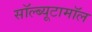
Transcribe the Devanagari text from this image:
सॉल्ब्यूटामॉल